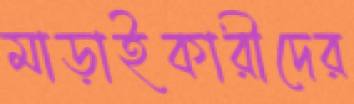
মাড়াইকারীদের